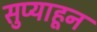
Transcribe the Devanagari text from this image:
सुप्याहून